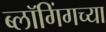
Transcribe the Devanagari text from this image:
ब्लॉगिंगच्या